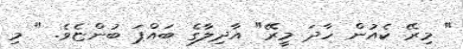
" މިރޭ ކެއުން ހާދަ މީރޭ" އާދިލާގެ ބައްޕަ ބުންޏެވެ. " މި